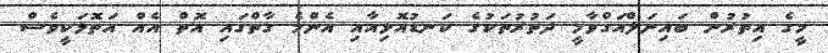
މީގެ އިތުރުން ބައިނަލްއަގްވާމީ ދަތުރުތަކުގެ ކަނޑުއޮޅިއާއި އެންމެ ގާތްގައި އޮތް އެއް އަތޮޅަކީވެސް